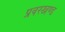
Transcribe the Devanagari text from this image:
प्रवरखण्ड